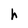
Character: h